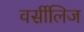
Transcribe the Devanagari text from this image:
वर्सीलिज